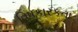
વિષકારકતા